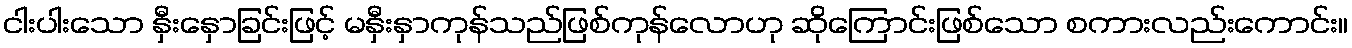
ငါးပါးသော နှီးနှောခြင်းဖြင့် မနှီးနှာကုန်သည်ဖြစ်ကုန်လောဟု ဆိုကြောင်းဖြစ်သော စကားလည်းကောင်း။